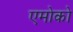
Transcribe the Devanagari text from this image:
एमोको